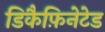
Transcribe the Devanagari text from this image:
डिकैफ़िनेटेड